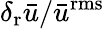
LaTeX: {\delta_{\mathrm{{r}}}}\bar{u}/{{\bar{u}}^{\mathrm{{rms}}}}